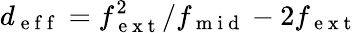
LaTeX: d_{\mathrm{~e~f~f~}}={f_{\mathrm{~e~x~t~}}^{2}}/{f_{\mathrm{~m~i~d~}}}-2f_{\mathrm{~e~x~t~}}